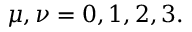
\mu , \nu = 0 , 1 , 2 , 3 .